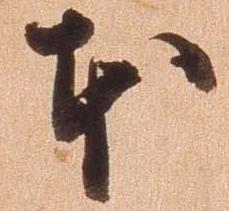
本